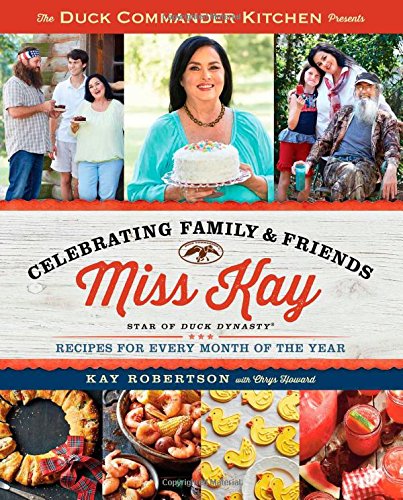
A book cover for Duck Commander Kitchen Presents Celebrating Family and Friends: Recipes for Every Month of the Year; Kay Robertson; Cookbooks, Food & Wine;